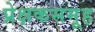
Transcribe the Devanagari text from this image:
प्रेक्षकसमूह